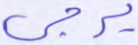
يزجي